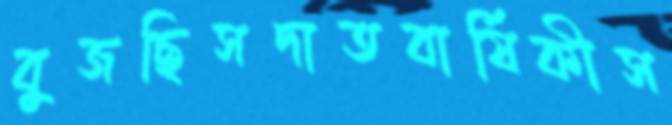
বুজছিসদাতবার্ষিকীস